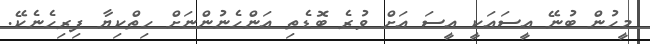
މީހުން ބުނޭ އީސައަކީ އީސަ އަށް ވުރެ ބޮޑެތި އަންހެނުންނަށް ހިތްކިޔާ ފިރިހެނެކޭ.